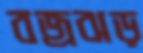
বজ্রঝড়